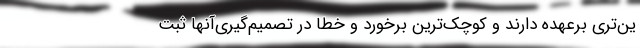
ین‌تری برعهده دارند و کوچک‌ترین برخورد و خطا در تصمیم‌گیری‌آنها ثبت